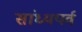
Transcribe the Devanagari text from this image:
सांध्यपर्व